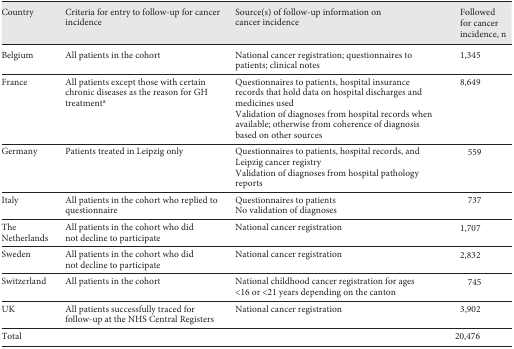
| Country | Criteria for entry to follow-up for cancer incidence | Source(s) of follow-up information on cancer incidence | Followed for cancer incidence, n |
 | --- | --- | --- | --- |
 | Belgium | All patients in the cohort | National cancer registration; questionnaires to patients; clinical notes | 1,345 |
 | France | All patients except those with certain chronic diseases as the reason for GH treatmenta | Questionnaires to patients, hospital insurance records that hold data on hospital discharges and medicines used | 8,649 |
 |  |  | Validation of diagnoses from hospital records when available; otherwise from coherence of diagnosis based on other sources |  |
 | Germany | Patients treated in Leipzig only | Questionnaires to patients, hospital records, and Leipzig cancer registry | 559 |
 |  |  | Validation of diagnoses from hospital pathology reports |  |
 | Italy | All patients in the cohort who replied to questionnaire | Questionnaires to patients No validation of diagnoses | 737 |
 | The Netherlands | All patients in the cohort who did not decline to participate | National cancer registration | 1,707 |
 | Sweden | All patients in the cohort who did not decline to participate | National cancer registration | 2,832 |
 | Switzerland | All patients in the cohort | National childhood cancer registration for ages <16 or <21 years depending on the canton | 745 |
 | UK | All patients successfully traced for follow-up at the NHS Central Registers | National cancer registration | 3,902 |
 | Total |  |  | 20,476 |